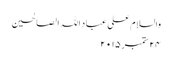
والسلام علی عباد اللہ الصالحین
۲۴ ستمبر ۲۰۱۵